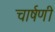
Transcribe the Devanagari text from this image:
चार्षणी